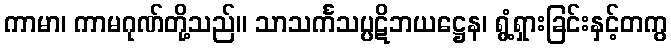
ကာမာ၊ ကာမဂုဏ်တို့သည်။ သာသင်္ကသပ္ပဋိဘယဋ္ဌေန၊ ရွံ့ရှားခြင်းနှင့်တကွ